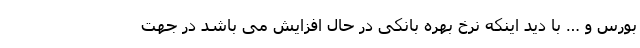
بورس و … با دید اینکه نرخ بهره بانکی در حال افزایش می باشد در جهت